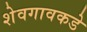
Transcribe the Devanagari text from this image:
शेवगावकडे